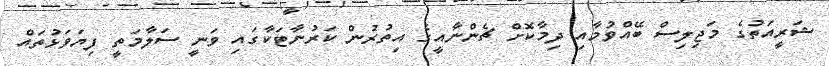
ޝަރީއަތުގެ މަޖިލިސް ބޭއްވުމާއި ދިމާކޮށް ޗެންނާއީގެ އިތުރުން ކަރުނާޓަކާގައި ވަނީ ސަލާމަތީ ފިޔަވަޅުތައް